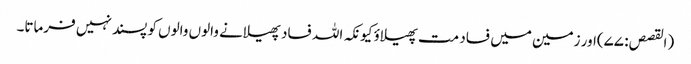
(القصص: ۷۷)اور زمین میں فساد مت پھیلاؤ کیونکہ اللہ فساد پھیلانے والوں والوں کو پسند نہیں فرماتا۔